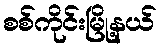
စစ်ကိုင်းမြို့နယ်